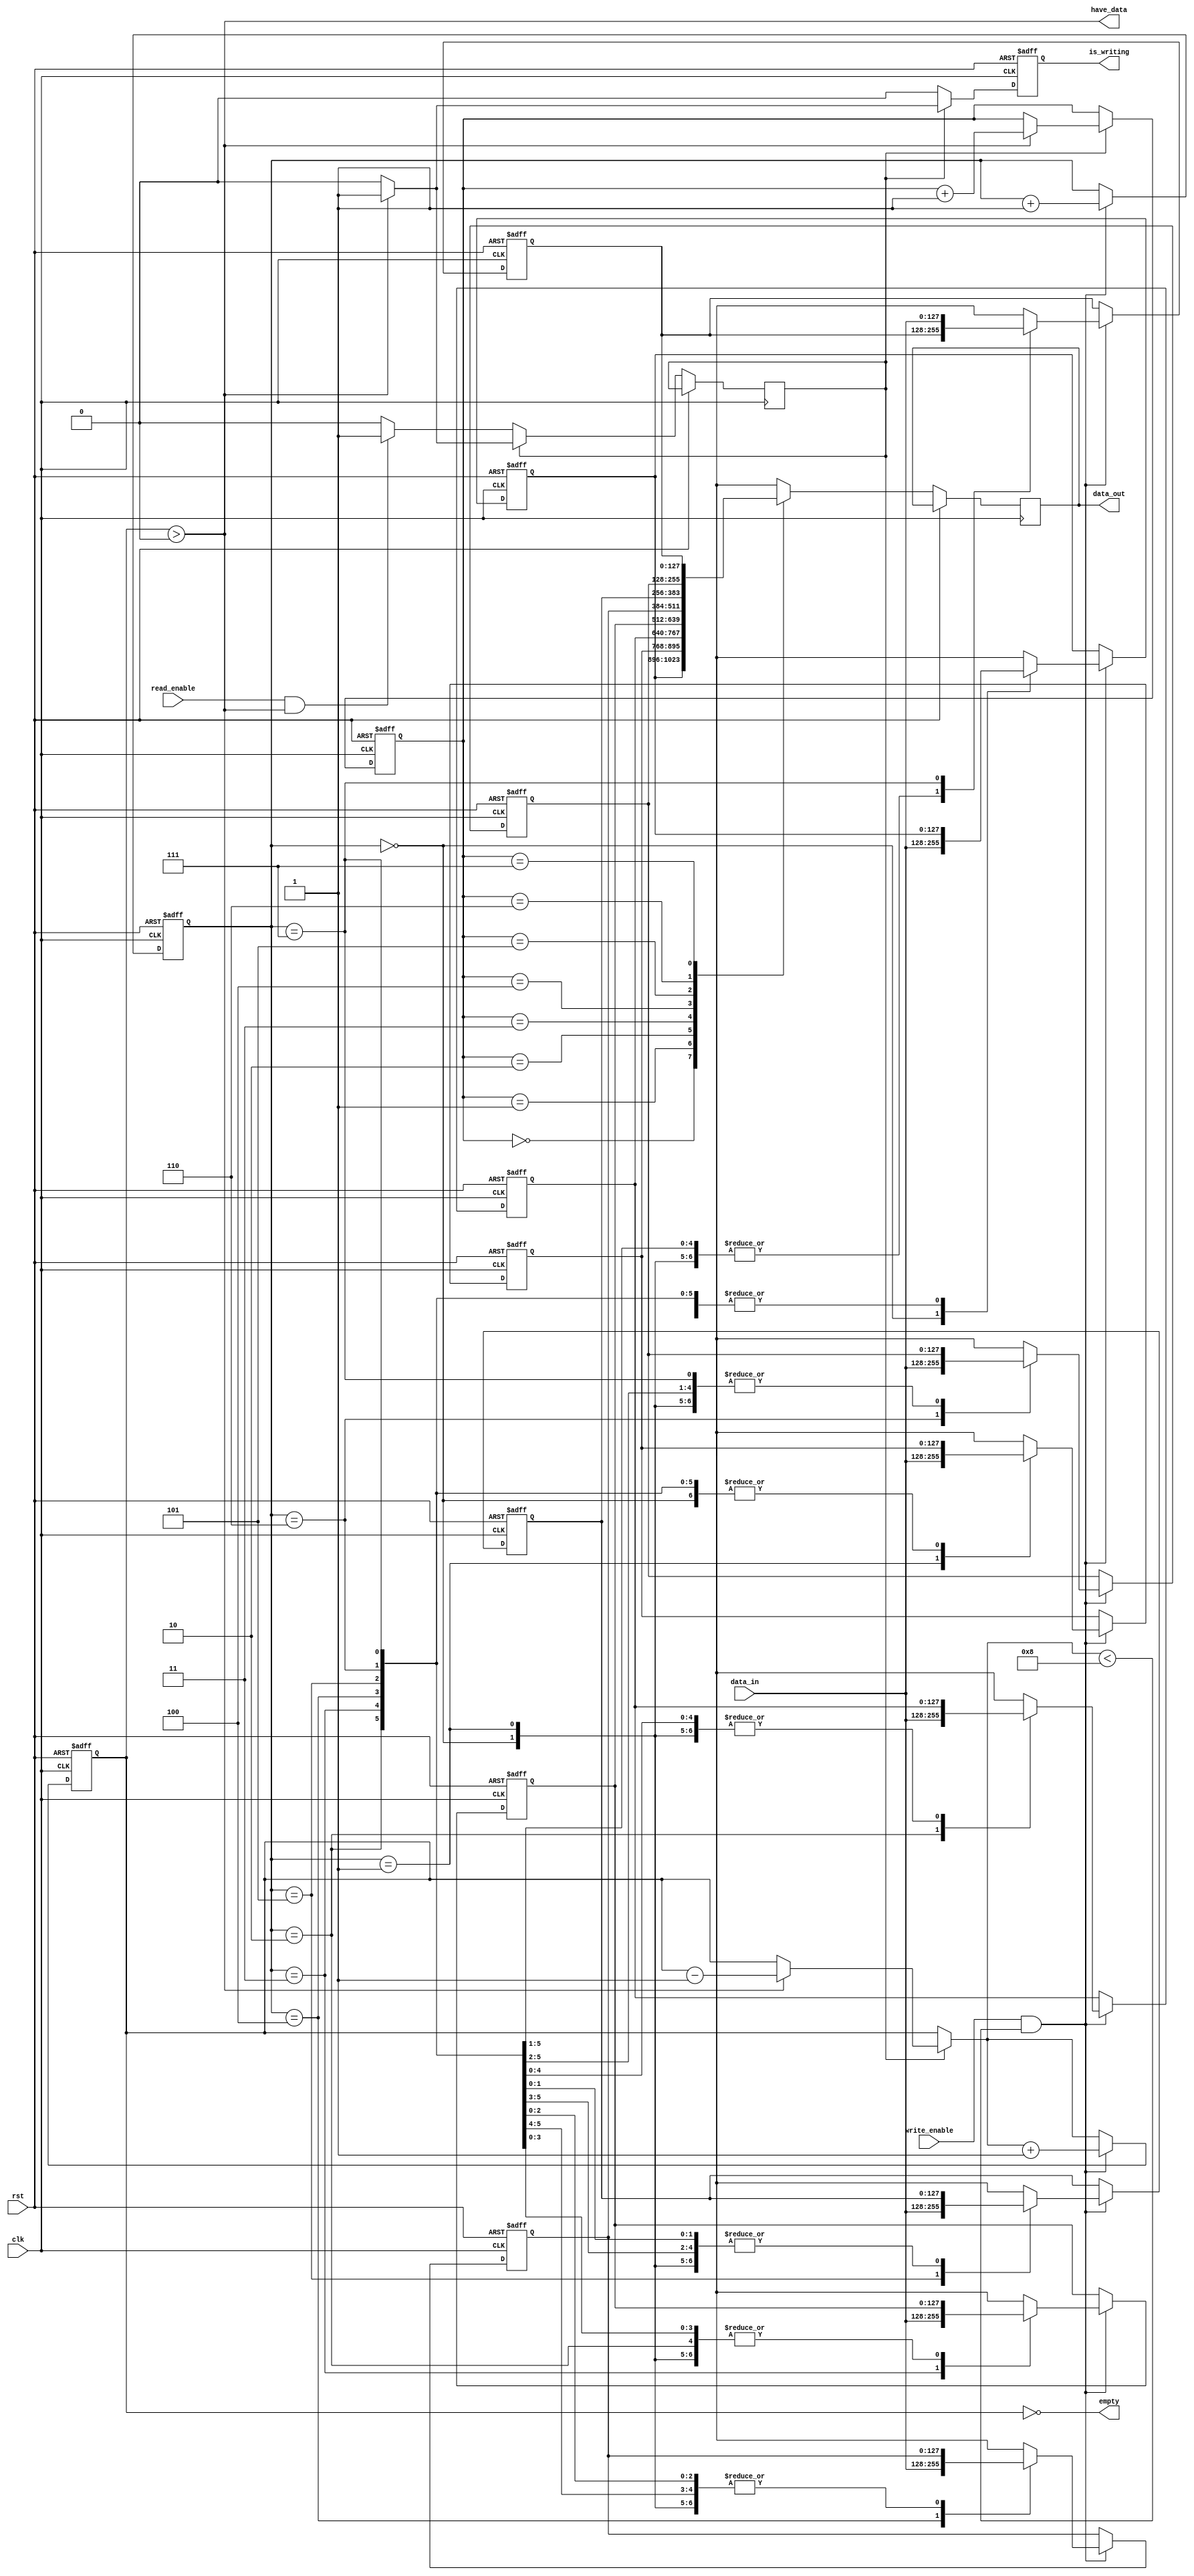
module Port
#(
    parameter BUFFER_LENGTH = 8,
    parameter LOG_BUFFER_LENGTH = 3,
    parameter WORD_WIDTH = 128
)
(
    input clk,
    input rst,
    input [WORD_WIDTH - 1: 0] data_in,
    input read_enable,
    input write_enable,

    output reg [WORD_WIDTH - 1: 0] data_out,

    output empty,
    output have_data,
    output reg is_writing
);

reg [LOG_BUFFER_LENGTH - 1: 0] write_ptr = 0;
reg [LOG_BUFFER_LENGTH - 1: 0] read_ptr = 0;
reg [LOG_BUFFER_LENGTH - 1: 0] buffered_data_length = 0;

reg [WORD_WIDTH - 1: 0] memory [0: BUFFER_LENGTH - 1];

reg access_granted = 0;

assign empty = (buffered_data_length == 0);
assign have_data = (buffered_data_length > 0);

always @(posedge clk, posedge rst) begin
    if (rst) begin : reset_if
        integer i;
        for (i = 0; i < BUFFER_LENGTH; i = i + 1) begin
            memory[i] <= 0;
        end
        read_ptr <= 0;
        write_ptr <= 0;
        buffered_data_length <= 0;
        is_writing = 0;
    end
    else begin : normal
        data_out = memory[read_ptr];
        if (access_granted) begin
            if (have_data) begin
                read_ptr = read_ptr + 1;
                buffered_data_length = buffered_data_length - 1;
                is_writing = 1;  
            end
            else begin
                access_granted = 0;
                is_writing = 0;
            end
        end

        else begin
            is_writing = 0;
            if (read_enable & have_data) begin
                access_granted = 1;
                
            end
        end

        if (write_enable && buffered_data_length < BUFFER_LENGTH) begin
            memory[write_ptr] = data_in;
            write_ptr = write_ptr + 1;
            buffered_data_length = buffered_data_length + 1;
        end
    end
end

endmodule